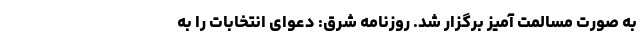
به صورت مسالمت آمیز برگزار شد. روزنامه شرق: دعوای انتخابات را به